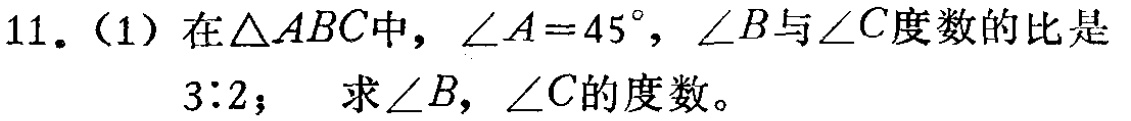
11.（1）在\(\triangle ABC\)中，\(\angle A = 45^{\circ}\)，\(\angle B\)与\(\angle C\)度数的比是\(3:2\)； 求\(\angle B\)，\(\angle C\)的度数。